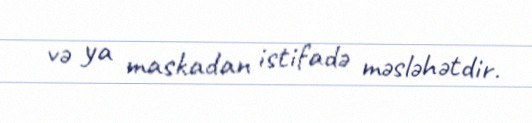
və ya maskadan istifadə məsləhətdir.